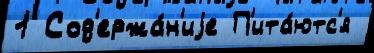
1 Сод'ержа́н'иjе П'ита́ютс'я